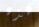
هذه